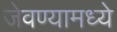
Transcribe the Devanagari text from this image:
जेवण्यामध्ये